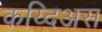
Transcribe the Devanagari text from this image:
कय्दिअस